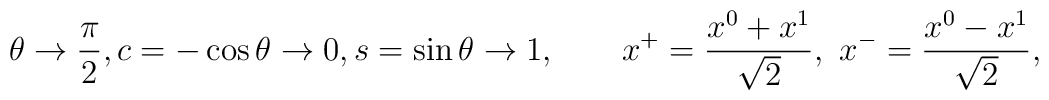
\theta \rightarrow {\pi \over 2}, c=-\cos{\theta} \rightarrow 0,s=\sin{\theta} \rightarrow 1,\qquad x^+={x^0+x^1 \over \sqrt2}, \ x^-={x^0-x^1 \over \sqrt2},